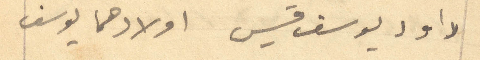
داود يوسف قسيس اولادهما يوسف